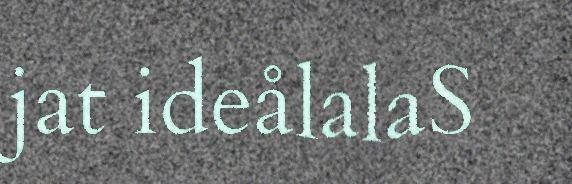
jat ideålalaS